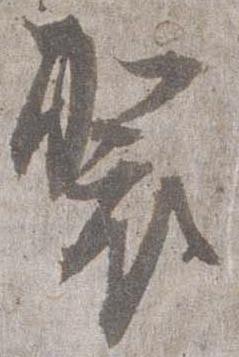
袈